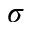
\sigma